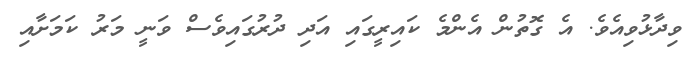
ވިދާޅުވިއެވެެ. އެ ގޮތުން އެންމެ ކައިރީގައި އަދި ދުރުގައިވެސް ވަނީ މަރު ކަމަށާއި